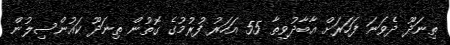
ތިނަދޫ ދެވަނަ ފަހަރަށް އާބާދުވިތާ 55 އަހަރު ފުރުމުގެ ގޮތުން ތިނަދޫ ކައުންސިލުން